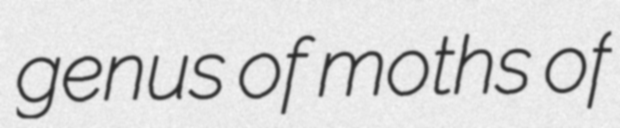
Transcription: genus of moths of